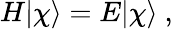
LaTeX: H|\chi\rangle=E|\chi\rangle\ ,